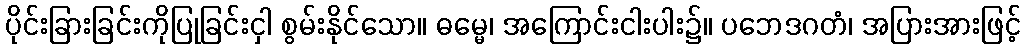
ပိုင်းခြားခြင်းကိုပြုခြင်းငှါ စွမ်းနိုင်သော။ ဓမ္မေ၊ အကြောင်းငါးပါး၌။ ပဘေဒဂတံ၊ အပြားအားဖြင့်